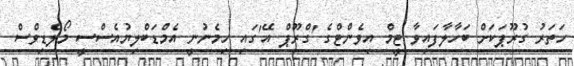
ހަތަރު ގުރޫޕަކަށް ބަހާލާފައިވާ ޓީމް އިވެންޓްގެ 'ގްރޫޕް އޭ'ގައި ހިމެނުނީ އެމްޑަބްލިޔުއެސްސީ މޯލްޑިވްސް